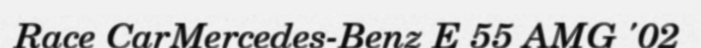
Race CarMercedes-Benz E 55 AMG '02